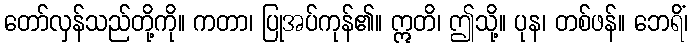
တော်လှန်သည်တို့ကို။ ကတာ၊ ပြုအပ်ကုန်၏။ ဣတိ၊ ဤသို့။ ပုန၊ တစ်ဖန်။ ဘေရိံ၊